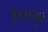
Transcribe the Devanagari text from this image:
कृष्नार्जुना